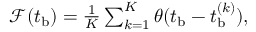
\begin{array} { r } { \mathcal { F } ( t _ { \mathrm { b } } ) = \frac { 1 } { K } \sum _ { k = 1 } ^ { K } \theta ( t _ { \mathrm { b } } - t _ { \mathrm { b } } ^ { ( k ) } ) , } \end{array}